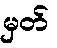
မှတ်